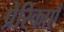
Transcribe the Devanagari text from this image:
प्रेरिकाएँ